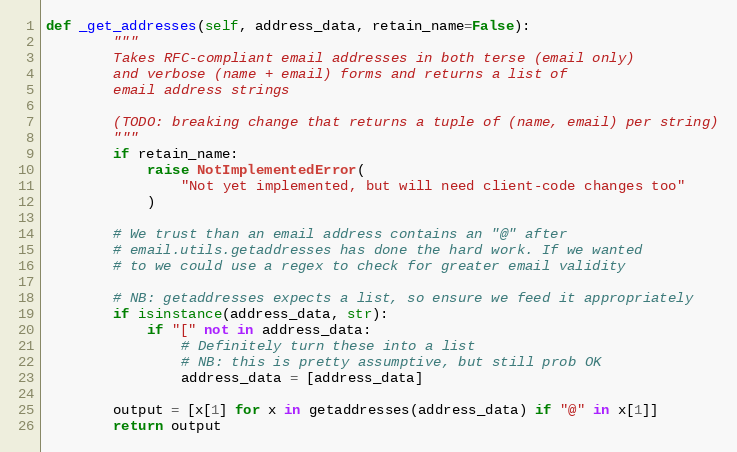
Language: Python
def _get_addresses(self, address_data, retain_name=False):
        """
        Takes RFC-compliant email addresses in both terse (email only)
        and verbose (name + email) forms and returns a list of
        email address strings

        (TODO: breaking change that returns a tuple of (name, email) per string)
        """
        if retain_name:
            raise NotImplementedError(
                "Not yet implemented, but will need client-code changes too"
            )

        # We trust than an email address contains an "@" after
        # email.utils.getaddresses has done the hard work. If we wanted
        # to we could use a regex to check for greater email validity

        # NB: getaddresses expects a list, so ensure we feed it appropriately
        if isinstance(address_data, str):
            if "[" not in address_data:
                # Definitely turn these into a list
                # NB: this is pretty assumptive, but still prob OK
                address_data = [address_data]

        output = [x[1] for x in getaddresses(address_data) if "@" in x[1]]
        return output